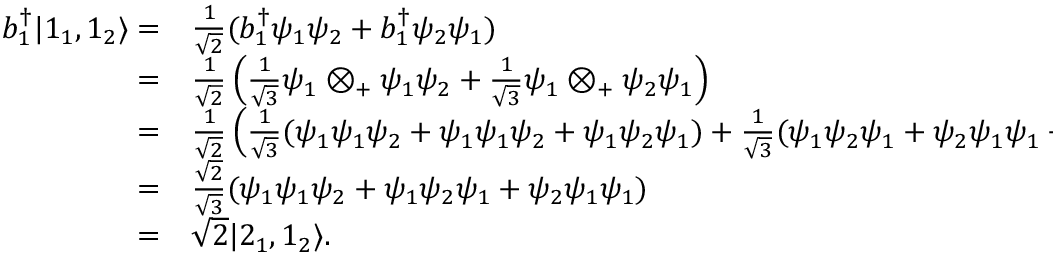
\begin{array} { r l } { b _ { 1 } ^ { \dagger } | 1 _ { 1 } , 1 _ { 2 } \rangle = } & { { \frac { 1 } { \sqrt { 2 } } } ( b _ { 1 } ^ { \dagger } \psi _ { 1 } \psi _ { 2 } + b _ { 1 } ^ { \dagger } \psi _ { 2 } \psi _ { 1 } ) } \\ { = } & { { \frac { 1 } { \sqrt { 2 } } } \left( { \frac { 1 } { \sqrt { 3 } } } \psi _ { 1 } \otimes _ { + } \psi _ { 1 } \psi _ { 2 } + { \frac { 1 } { \sqrt { 3 } } } \psi _ { 1 } \otimes _ { + } \psi _ { 2 } \psi _ { 1 } \right) } \\ { = } & { { \frac { 1 } { \sqrt { 2 } } } \left( { \frac { 1 } { \sqrt { 3 } } } ( \psi _ { 1 } \psi _ { 1 } \psi _ { 2 } + \psi _ { 1 } \psi _ { 1 } \psi _ { 2 } + \psi _ { 1 } \psi _ { 2 } \psi _ { 1 } ) + { \frac { 1 } { \sqrt { 3 } } } ( \psi _ { 1 } \psi _ { 2 } \psi _ { 1 } + \psi _ { 2 } \psi _ { 1 } \psi _ { 1 } + \psi _ { 2 } \psi _ { 1 } \psi _ { 1 } ) \right) } \\ { = } & { { \frac { \sqrt { 2 } } { \sqrt { 3 } } } ( \psi _ { 1 } \psi _ { 1 } \psi _ { 2 } + \psi _ { 1 } \psi _ { 2 } \psi _ { 1 } + \psi _ { 2 } \psi _ { 1 } \psi _ { 1 } ) } \\ { = } & { { \sqrt { 2 } } | 2 _ { 1 } , 1 _ { 2 } \rangle . } \end{array}